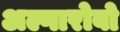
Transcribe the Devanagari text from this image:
अल्गारोबो